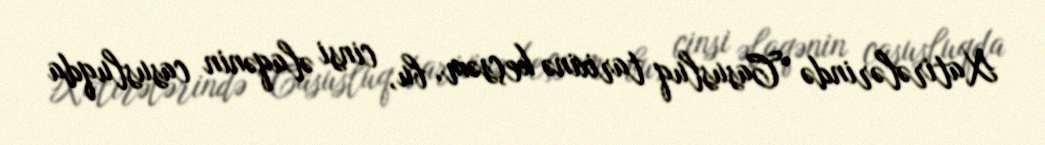
Xatirələrində “Casusluq tarixinə keçsəm, bu, cinsi əlaqənin casusluqda